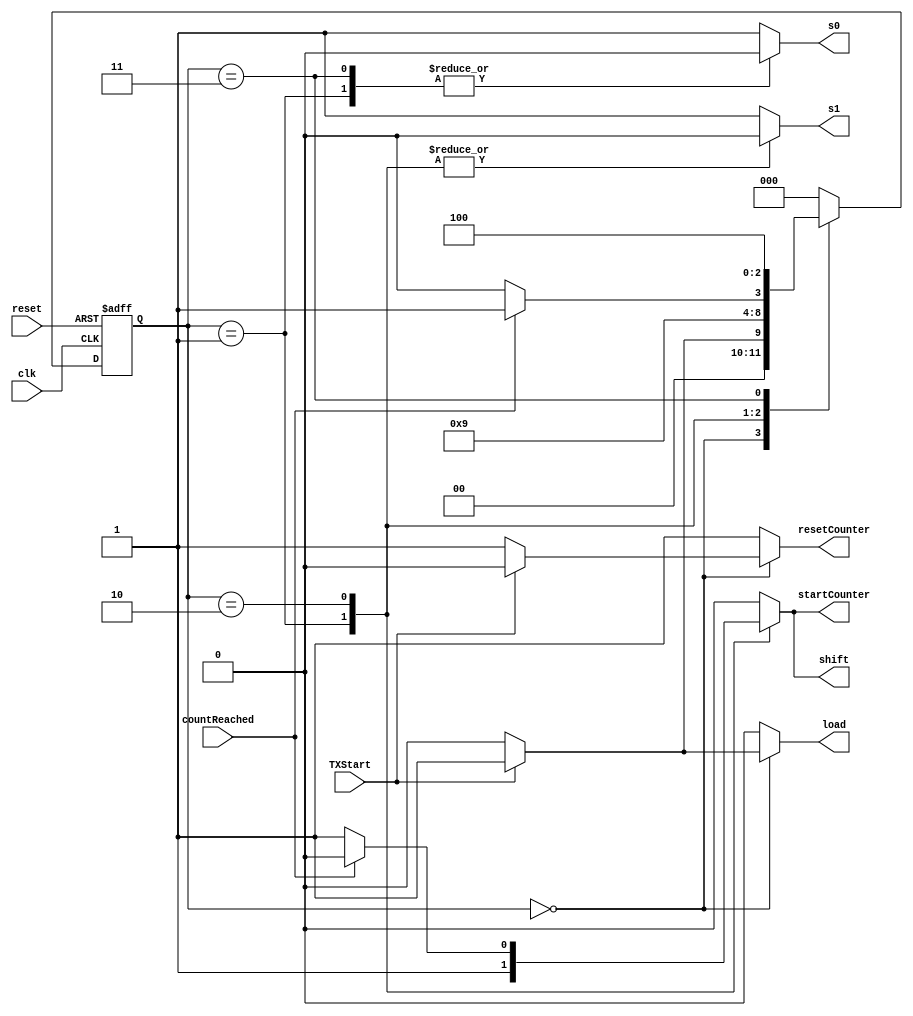
`timescale 1ns / 1ps
module TXfsm(input TXStart,clk,reset,countReached,output reg shift,load,s1,s0,startCounter,resetCounter);
//when load==1 in the next positive edge of clk, shiftRegister is loaded with inputData
//when shift==1 in the next positive edge of clk, lsb of shift register is transmitted via TXdataOut and
//shift Register is shifted towards right
//s1 and s0 are select lines which decide the output of 4*1 mux
//when resetCounter=1 counter becomes zero(Asynchronous reset)
//when startCounter=1 counter increments its count in the next positive edge of the clk

///////////////fsm states///////////////////
parameter idle=3'b000, start=3'b001, data=3'b010, parity=3'b011, stop=3'b100;
reg[2:0] c_state; //current state
reg[2:0] n_state;  //next state



always@(posedge clk,negedge reset)
begin
if(!reset)
c_state<=idle;
else
c_state<=n_state;
end

always@(*)
begin
case(c_state)
idle:n_state=(TXStart)?(start):(idle);
start:n_state=data;
data:  if(countReached) n_state=parity;
       else n_state=data;
parity: n_state=stop;
stop:   n_state=idle;
default: n_state=idle;
endcase
end



always@(*)
begin
load=0; shift=0; startCounter=0; resetCounter=1;
case(c_state)
idle:begin s1=1; s0=1; 
       if(TXStart) begin load=1;resetCounter=0; 
                   end 
       end
start: begin s1=0; s0=0; 
				 shift=1; 
				 startCounter=1;
       end
data: begin s1=0; s0=1; 
            if(~countReached) begin 
            startCounter=1; shift=1;
			   end 
      end
parity:begin s1=1; 
             s0=0;
       end
stop: begin s1=1; s0=1;
      end
default: begin s1=1; s0=1; 
               load=0; shift=0; 
					startCounter=0; resetCounter=1; 
         end
endcase
end

endmodule